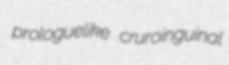
prologuelike cruroinguinal